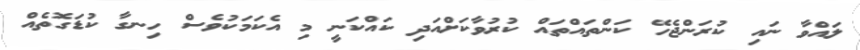
ލައްވާ ނައި ކުރަންޖެހޭ ކަންތައްތައް ކުރުވާކަށްއަދި ކައްކަނީ މި އެކަމަކުވެސް ހިނގާ ކުޑަގޮތެއް